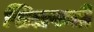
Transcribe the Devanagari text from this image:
खिलफती